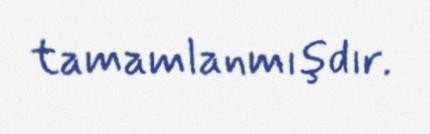
tamamlanmışdır.